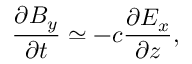
\frac { \partial B _ { y } } { \partial t } \simeq - c \frac { \partial E _ { x } } { \partial z } ,